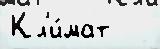
Кл'и́мат